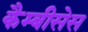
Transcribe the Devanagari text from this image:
कैम्बीसेस